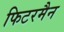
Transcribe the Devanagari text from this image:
फिटरमैन